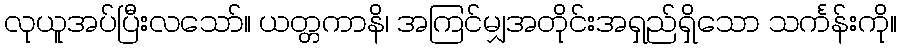
လုယူအပ်ပြီးလသော်။ ယတ္တကာနိ၊ အကြင်မျှအတိုင်းအရှည်ရှိသော သင်္ကန်းကို။